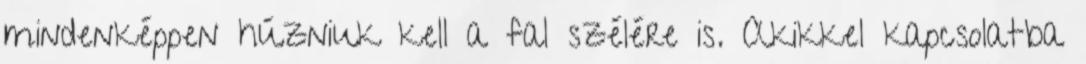
mindenképpen húzniuk kell a fal szélére is. Akikkel kapcsolatba